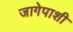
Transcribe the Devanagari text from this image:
जागेपाशी